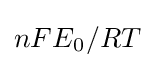
nFE_{0^{}}/RT